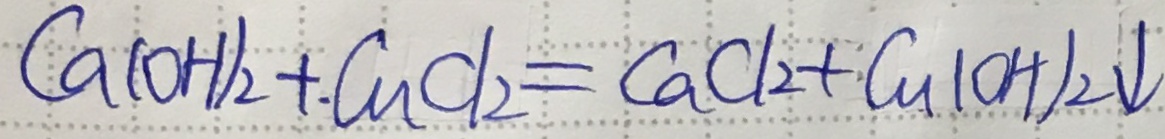
C a ( O H ) _ { 2 } + C u C l _ { 2 } = C a C l _ { 2 } + C u ( O H ) _ { 2 } \downarrow